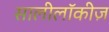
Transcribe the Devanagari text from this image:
सालीलॉकीज़